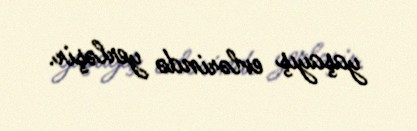
yaşayış evlərində yerləşir.